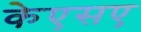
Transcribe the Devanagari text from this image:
केएसए